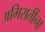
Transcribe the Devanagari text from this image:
अमिरातींना